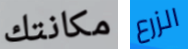
مكانتك الزرع